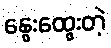
နွေးထွေးတဲ့